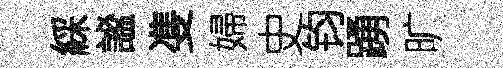
綵謐㕠婦史钧踴旷